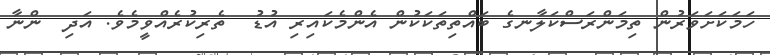
ހަމަކަށަވަރުން ތިމަންރަސްކަލާނގެ ބައްތިތަކަކުން އެންމެކައިރި އުޑު  ތެރިކުރެއްވީމެވެ. އަދި  ންނާ